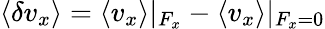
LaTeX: \langle\delta v_{x}\rangle=\langle v_{x}\rangle|_{F_{x}}-\langle v_{x}\rangle|_{F_{x}=0}